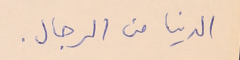
الدنيا من الرجال.